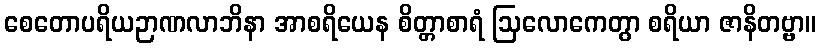
စေတောပရိယဉာဏလာဘိနာ အာစရိယေန စိတ္တာစာရံ ဩလောကေတွာ စရိယာ ဇာနိတဗ္ဗာ။